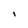
Character: I